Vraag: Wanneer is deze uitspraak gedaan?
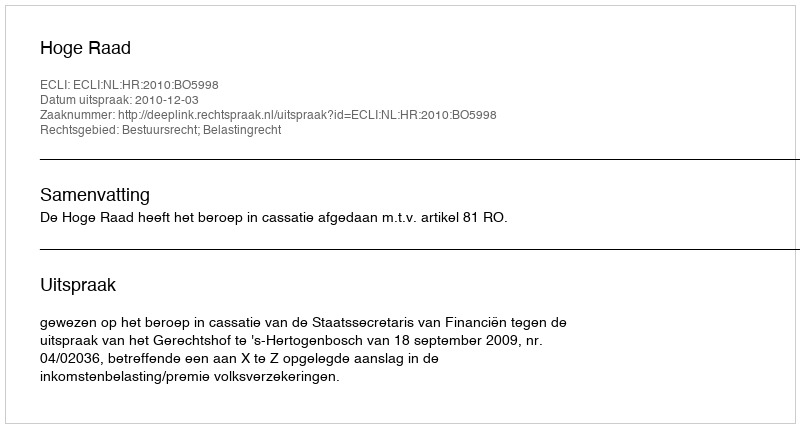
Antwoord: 2010-12-03